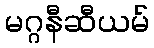
မဂ္ဂနီဆီယမ်